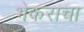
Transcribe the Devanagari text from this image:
भेकराचा